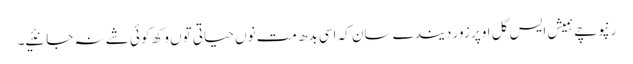
رنپوچے ہمیش ایس گل اوپر زور دیندے سان کہ اسی بدھ مت نوں حیاتی توں وکھ کوئی شے نہ جانئیے۔